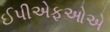
ઈપીએફઓએ